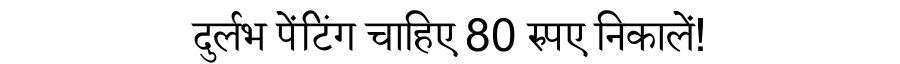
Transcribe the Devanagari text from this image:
दुर्लभ पेंटिंग चाहिए 80 रुपए निकालें!